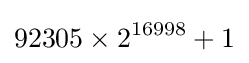
92305\times 2^{16998}+1